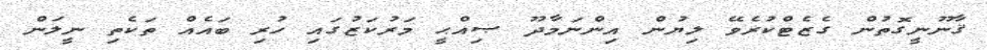
ޤާނޫނީގޮތުން ގެޒެޓްކުރެވޭ ލިޔުން އިންނަމާދޫ ޞިއްޙީ މަރުކަޒުގައި ހުރި ބައެއް ތަކެތި ނީލަން